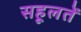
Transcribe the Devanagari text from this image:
सहूलतें